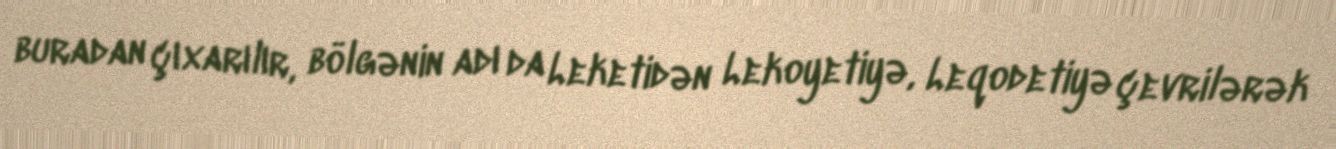
buradan çıxarılır, bölgənin adı da Leketidən Lekoyetiyə, Leqodetiyə çevrilərək